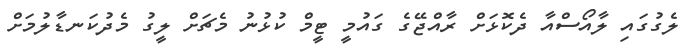
ލެގުގައި ލާއޯސްއާ ދެކޮޅަށް ރާއްޖޭގެ ގައުމީ ޓީމް ކުޅުނު މެޗަށް ލީގު މެދުކަނޑާލުމަށް